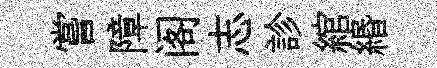
嘗障阁志診綰緡